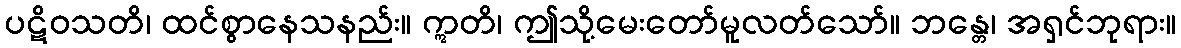
ပဋိဝသတိ၊ ထင်စွာနေသနည်း။ ဣတိ၊ ဤသို့မေးတော်မူလတ်သော်။ ဘန္တေ၊ အရှင်ဘုရား။